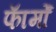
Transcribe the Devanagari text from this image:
फाॅर्मों